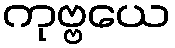
ကုဗ္ဗယေ